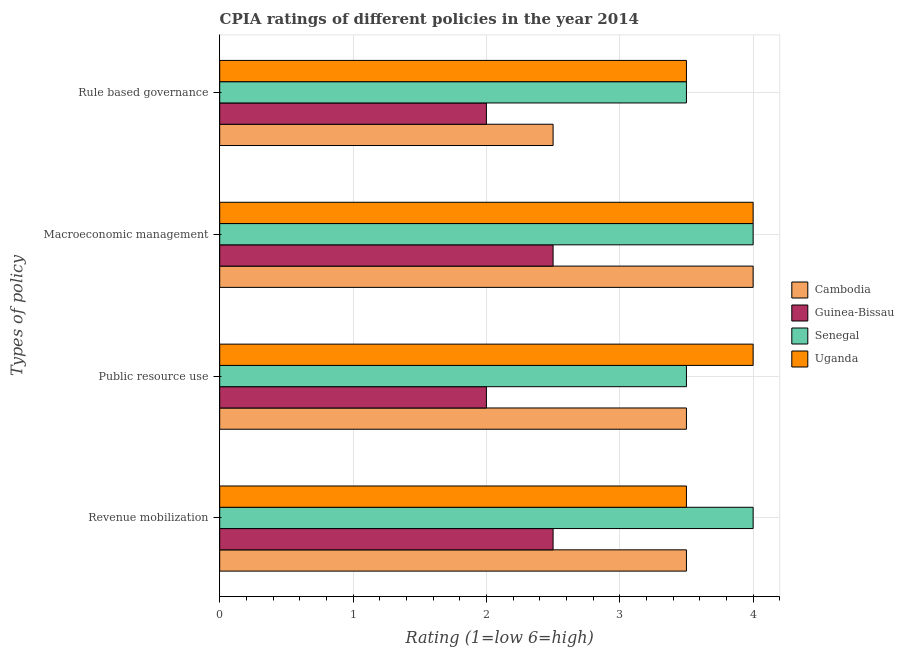
| Types of policy | Cambodia | Guinea-Bissau | Senegal | Uganda |
 | --- | --- | --- | --- | --- |
 | Revenue mobilization | 3.5 | 2.5 | 4 | 3.5 |
 | Public resource use | 3.5 | 2 | 3.5 | 4 |
 | Macroeconomic management | 4 | 2.5 | 4 | 4 |
 | Rule based governance | 2.5 | 2 | 3.5 | 3.5 |